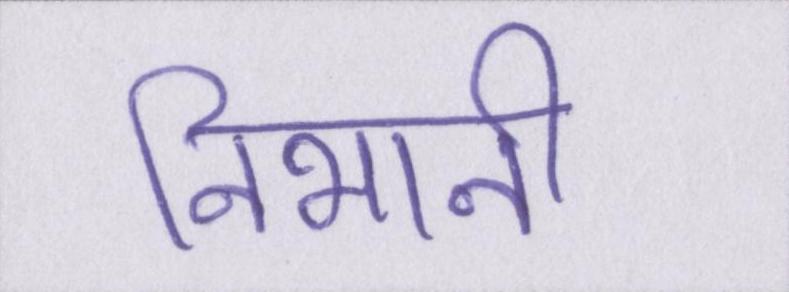
निभानी